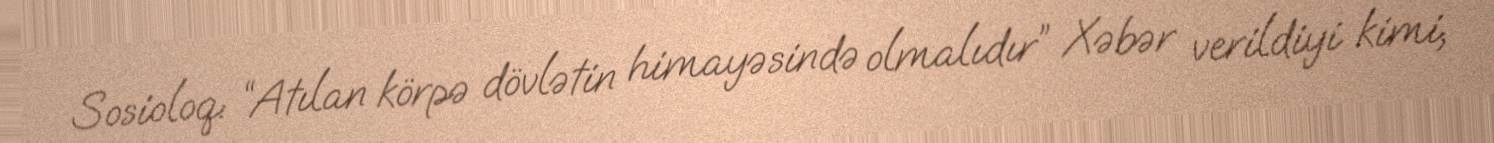
Sosioloq: “Atılan körpə dövlətin himayəsində olmalıdır” Xəbər verildiyi kimi,